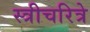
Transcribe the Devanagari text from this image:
स्त्रीचरित्रे